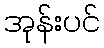
အုန်းပင်